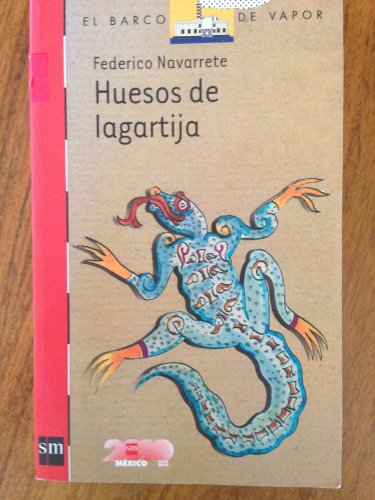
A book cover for Huesos de lagartija / Lizard Bones (El Barco De Vapor: Serie Roja / the Steamboat: Red Series) (Spanish Edition); Federico Navarrete; Teen & Young Adult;